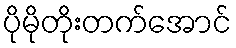
ပိုမိုတိုးတက်အောင်